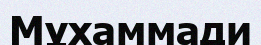
Мұхаммади